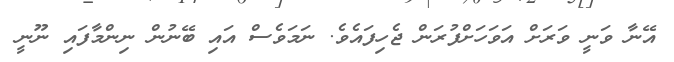
އޭނާ ވަނީ ވަރަށް އަވަހަށްފުރަން ޖެހިފައެވެ. ނަމަވެސް އައި ބޭނުން ނިންމާފައި ނޫނީ